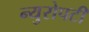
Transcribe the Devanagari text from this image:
न्युरोपटी